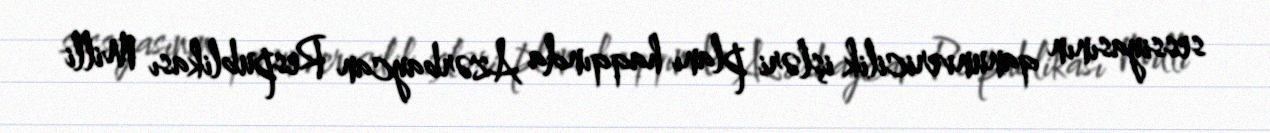
sessiyasının qanunvericilik işləri planı haqqında Azərbaycan Respublikası Milli